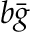
b { \bar { g } }